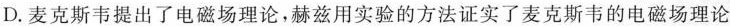
D.麦克斯韦提出了电磁场理论，赫兹用实验的方法证实了麦克斯韦的电磁场理论